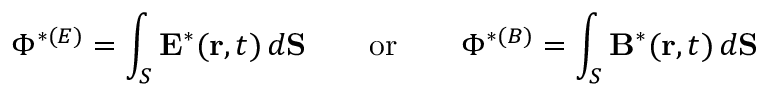
\Phi ^ { * ( E ) } = \int _ { S } { \bf E } ^ { * } ( { \bf r } , t ) \, d { \bf S } \qquad \mathrm { o r } \qquad \Phi ^ { * ( B ) } = \int _ { S } { \bf B } ^ { * } ( { \bf r } , t ) \, d { \bf S }